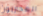
المحاربون